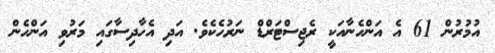
އުމުރުން 61 އެ އަންހެނާއަކީ ރެޖިސްޓަރްޑް ނަރުހެކެވެ. އަދި އެހާދިސާގައި މަރުވި އަންހެން